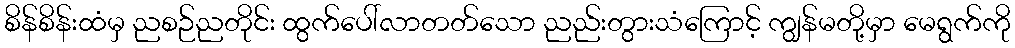
စိန်စိန်းထံမှ ညစဉ်ညတိုင်း ထွက်ပေါ်လာတတ်သော ညည်းတွားသံကြောင့် ကျွန်မတို့မှာ မေရွက်ကို